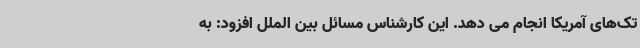
تک‌های آمریکا انجام می دهد. این کارشناس مسائل بین الملل افزود: به